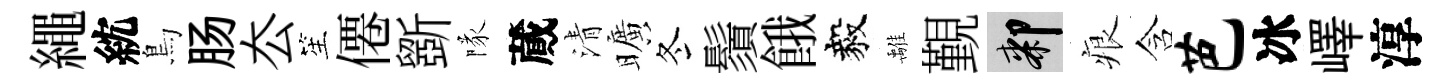
繩紞鳥肠厺笙僊斵隊蕆清曠冬鬚餓毅𩀌覲膝痕含芭冰嶧淳